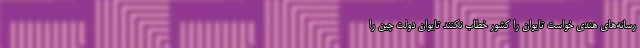
رسانه‌های هندی خواست تایوان را کشور خطاب نکنند تایوان دولت چین را